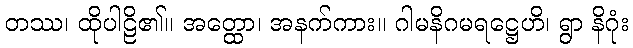
တဿ၊ ထိုပါဠိ၏။ အတ္ထော၊ အနက်ကား။ ဂါမနိဂမရဋ္ဌေဟိ၊ ရွာ နိဂုံး